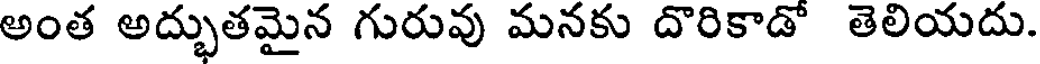
అంత అద్భుతమైన గురువు మనకు దొరికాడో తెలియదు.